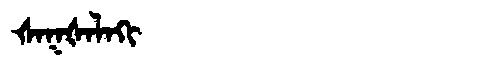
Manchu: ᡧᠠᡴᡧᠠᠯᠠᡴᡳ
Romanization: ŠAKŠALAKI